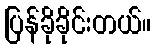
ပြန်ခိုခိုင်းတယ်။